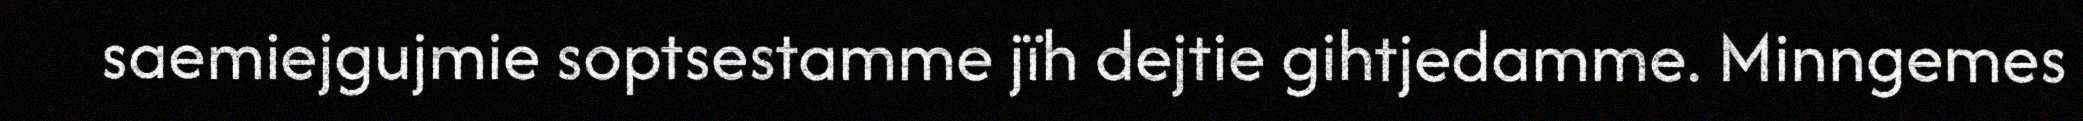
saemiejgujmie soptsestamme jïh dejtie gihtjedamme. Minngemes